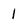
Character: 1